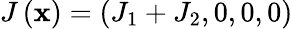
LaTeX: J\left(\mathbf{x}\right)=\left(J_{1}+J_{2},0,0,0\right)